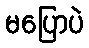
မပြောပဲ